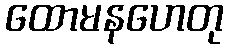
ထောမနဟေတု